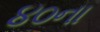
૪૦ના